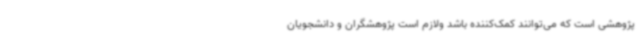
پژوهشی است که می‌توانند کمک‌کننده باشد ولازم است پژوهشگران و دانشجویان